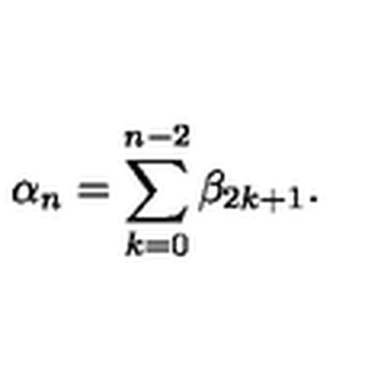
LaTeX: \alpha _ { n } = \sum _ { k = 0 } ^ { n - 2 } \beta _ { 2 k + 1 } .